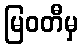
မြဝတီမှ